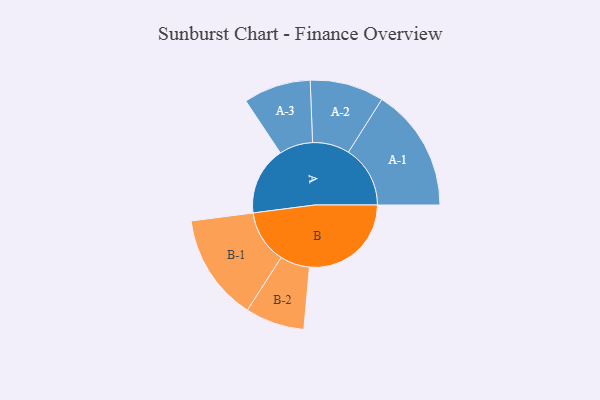
{"axis": {"x": "Segment", "y": "Value"}, "legend": ["", "A", "B"], "data": [{"x": "A", "y": 286, "type": ""}, {"x": "B", "y": 427, "type": ""}, {"x": "A-1", "y": 259, "type": "A"}, {"x": "A-2", "y": 155, "type": "A"}, {"x": "A-3", "y": 141, "type": "A"}, {"x": "B-1", "y": 224, "type": "B"}, {"x": "B-2", "y": 124, "type": "B"}]}